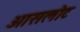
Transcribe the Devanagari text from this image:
आसलोट